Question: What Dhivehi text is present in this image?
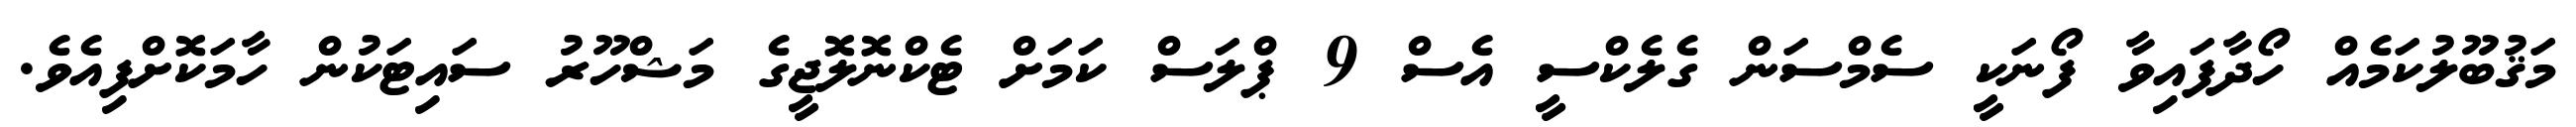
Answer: މަޤުބޫލުކަމެއް ހޯދާފައިވާ ފޯނަކީ ސެމްސަން ގެލެކްސީ އެސް 9 ޕްލަސް ކަމަށް ޓެކްނޮލޮޖީގެ މަޝްހޫރު ސައިޓަކުން ހާމަކޮށްފިއެވެ.